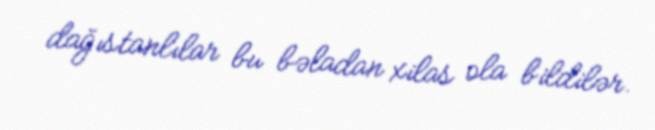
dağıstanlılar bu bəladan xilas ola bildilər.